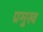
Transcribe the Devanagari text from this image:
प्रमुख्‍ा